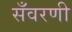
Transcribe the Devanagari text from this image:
सँवरणी